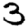
Digit: 3